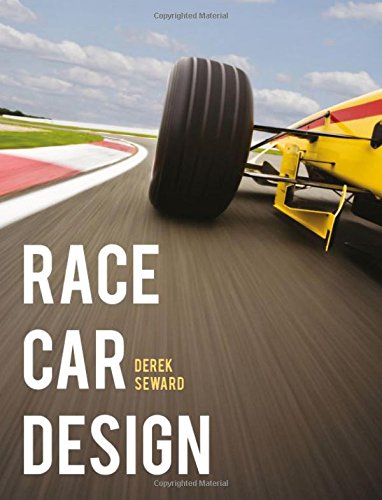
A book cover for Race Car Design; Derek Seward; Engineering & Transportation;